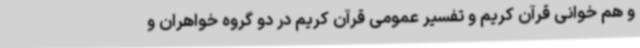
و هم خوانی قرآن کریم و تفسیر عمومی قرآن کریم در دو گروه خواهران و